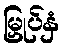
မြှုပ်နှံ